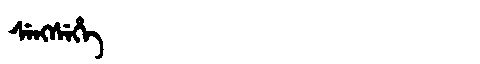
Manchu: ᠰᡝᠩᠰᡝᡥᡝ
Romanization: SENGSEHE